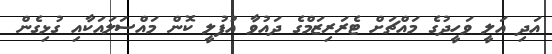
އަދި އަލީ ވަހީދުގެ މައްޗަށް ޓެރަރިޒަމްގެ ދައުވާ އުފުލީ ކޮން މައްސަަލައަކާއި ގުޅިގެން